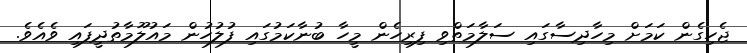
ޖެހިގެން ކަމަށް މިހާދިސާގައި ސަލާމަތްވި ފިރިހެން މީހާ ބުނާކަމުގައި ފުލުހުން މައުލޫމާތުދީފައި ވެއެވެ.